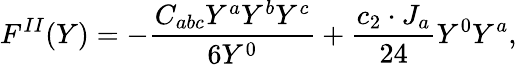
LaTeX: F^{II}(Y)=-{\frac{C_{abc}Y^{a}Y^{b}Y^{c}}{6Y^{0}}}+{\frac{c_{2}\cdot J_{a}}{24}}Y^{0}Y^{a},